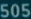
505